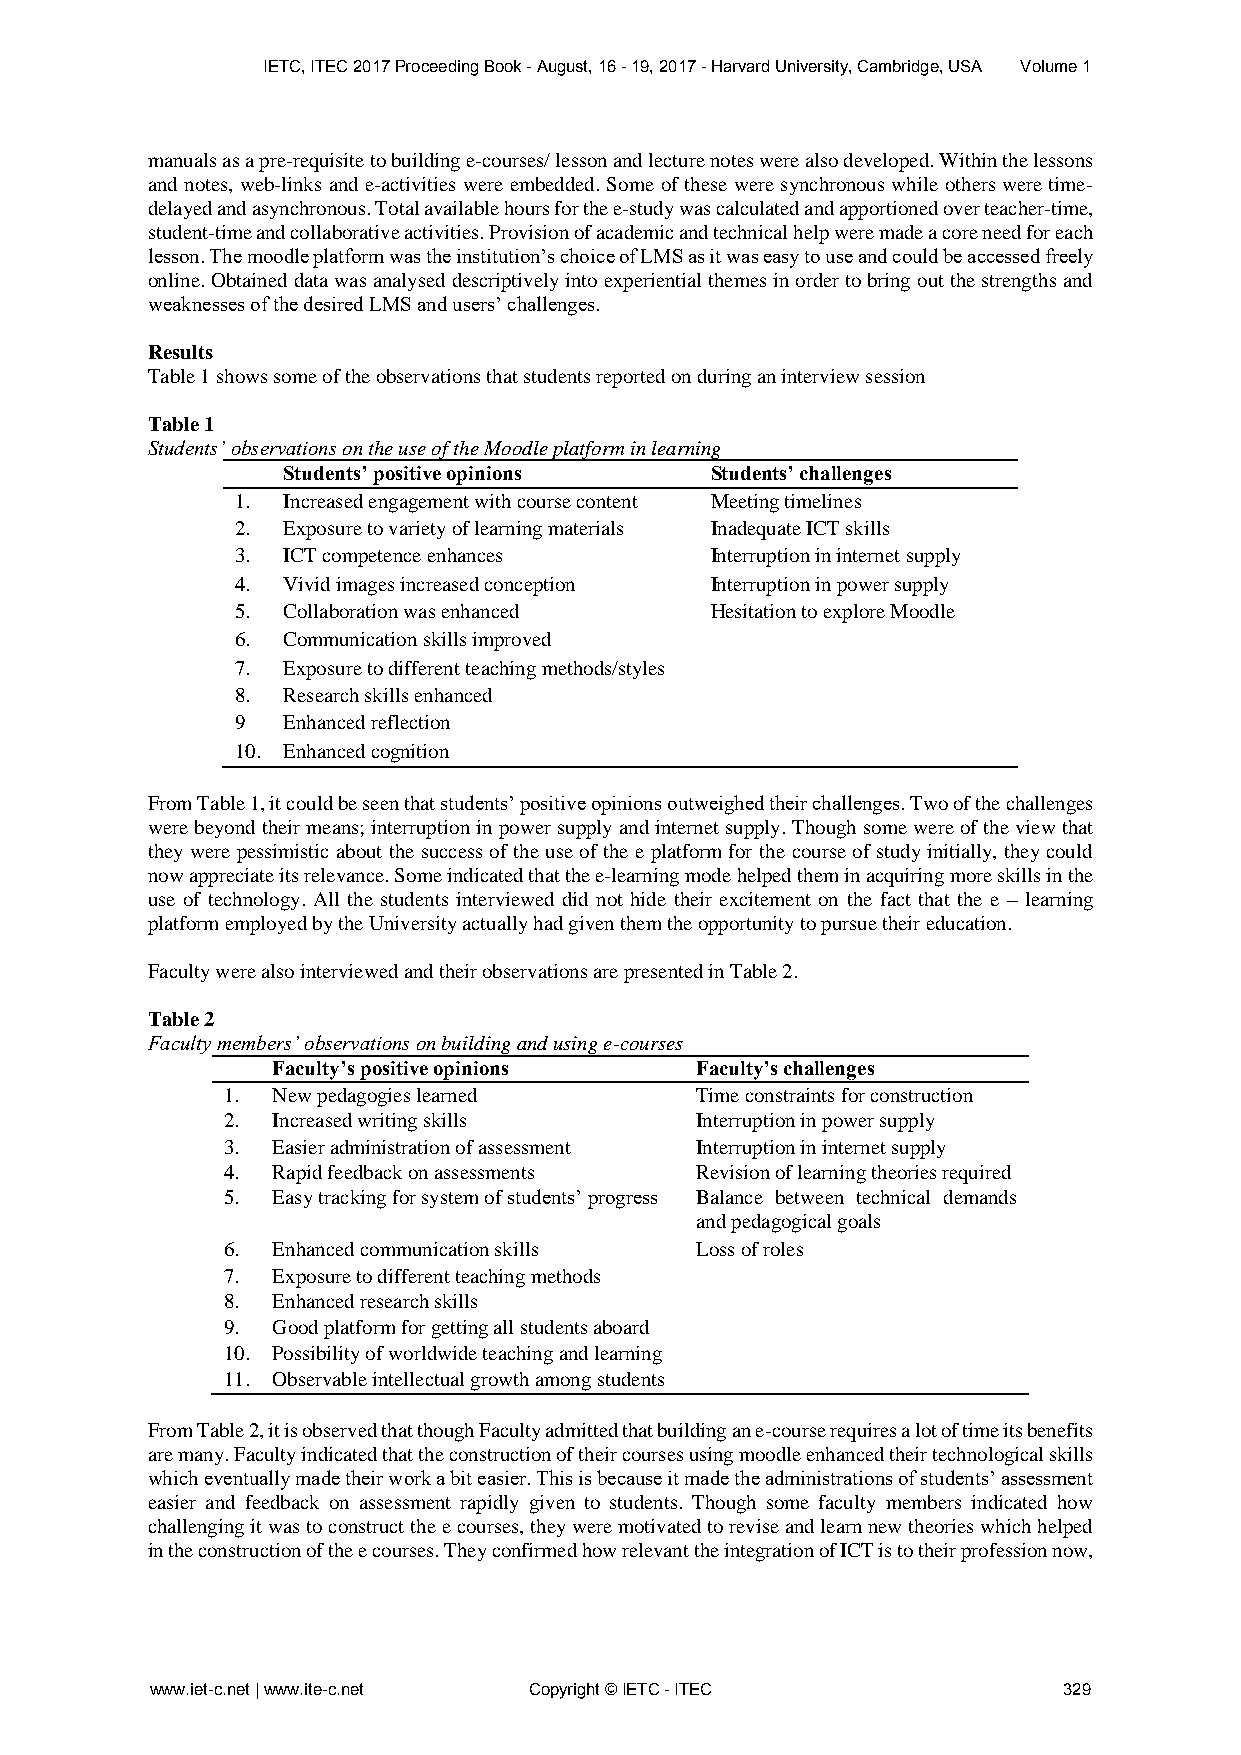
IETC, ITEC 2017 Proceeding Book - August, 16 - 19, 2017 - Harvard University, Cambridge, USA Volume 1
 manuals as a pre-requisite to building e-courses/ lesson and lecture notes were also developed. Within the lessons
 and notes, web-links and e-activities were embedded. Some of these were synchronous while others were time-
 delayed and asynchronous. Total available hours for the e-study was calculated and apportioned over teacher-time,
 student-time and collaborative activities. Provision of academic and technical help were made a core need for each
 lesson. The moodle platform was the institution’s choice of LMS as it was easy to use and could be accessed freely
 online. Obtained data was analysed descriptively into experiential themes in order to bring out the strengths and
 weaknesses of the desired LMS and users’ challenges.
 Results
 Table 1 shows some of the observations that students reported on during an interview session
 Table 1
 Students’ observations on the use of the Moodle platform in learning
 Students’ positive opinions Students’ challenges
 1. Increased engagement with course content Meeting timelines
 2. Exposure to variety of learning materials Inadequate ICT skills
 3. ICT competence enhances     Interruption in internet supply
 4. Vivid images increased conception Interruption in power supply
 5. Collaboration was enhanced  Hesitation to explore Moodle
 6. Communication skills improved
 7. Exposure to different teaching methods/styles
 8. Research skills enhanced
 9  Enhanced reflection
 10. Enhanced cognition
 From Table 1, it could be seen that students’ positive opinions outweighed their challenges. Two of the challenges
 were beyond their means; interruption in power supply and internet supply. Though some were of the view that
 they were pessimistic about the success of the use of the e platform for the course of study initially, they could
 now appreciate its relevance. Some indicated that the e-learning mode helped them in acquiring more skills in the
 use of technology. All the students interviewed did not hide their excitement on the fact that the e – learning
 platform employed by the University actually had given them the opportunity to pursue their education.
 Faculty were also interviewed and their observations are presented in Table 2.
 Table 2
 Faculty members’ observations on building and using e-courses
 Faculty’s positive opinions Faculty’s challenges
 1. New pedagogies learned      Time constraints for construction
 2. Increased writing skills    Interruption in power supply
 3. Easier administration of assessment Interruption in internet supply
 4. Rapid feedback on assessments Revision of learning theories required
 5. Easy tracking for system of students’ progress Balance between technical demands
 and pedagogical goals
 6. Enhanced communication skills Loss of roles
 7. Exposure to different teaching methods
 8. Enhanced research skills
 9. Good platform for getting all students aboard
 10. Possibility of worldwide teaching and learning
 11. Observable intellectual growth among students
 From Table 2, it is observed that though Faculty admitted that building an e-course requires a lot of time its benefits
 are many. Faculty indicated that the construction of their courses using moodle enhanced their technological skills
 which eventually made their work a bit easier. This is because it made the administrations of students’ assessment
 easier and feedback on assessment rapidly given to students. Though some faculty members indicated how
 challenging it was to construct the e courses, they were motivated to revise and learn new theories which helped
 in the construction of the e courses. They confirmed how relevant the integration of ICT is to their profession now,
 www.iet-c.net | www.ite-c.net Copyright © IETC - ITEC       329